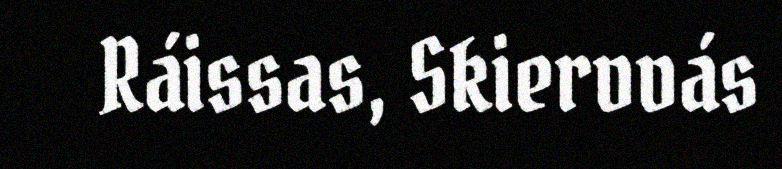
Ráissas, Skiervvás